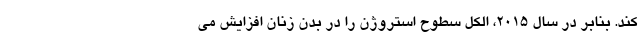
کند. بنابر در سال 2015، الکل سطوح استروژن را در بدن زنان افزایش می